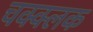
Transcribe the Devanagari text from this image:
चक्क्लक